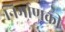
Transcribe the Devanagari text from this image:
निर्माणकी